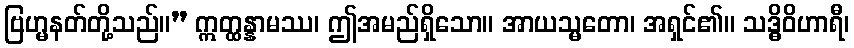
ဗြဟ္မနတ်တို့သည်။” ဣတ္ထန္နာမဿ၊ ဤအမည်ရှိသော။ အာယသ္မတော၊ အရှင်၏။ သဒ္ဓိဝိဟာရီ၊